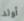
أولد